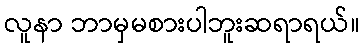
လူနာ ဘာမှမစားပါဘူးဆရာရယ်။